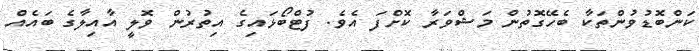
ކަންބޮޑުވުންތަކާ ބެހޭގޮތުން މަޝްވަރާ ކޮށްފަ އެވެ. ފުޓްބޯޅައިގެ އިތުރުން ވޮލީ އާއިލާގެ ބައެއް